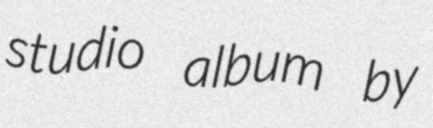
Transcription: studio album by